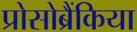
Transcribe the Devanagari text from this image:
प्रोसोब्रैंकिया